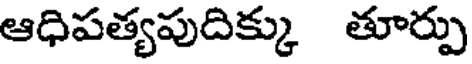
ఆధిపత్యపుదిక్కు తూర్పు